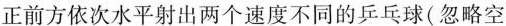
正前方依次水平射出两个速度不同的乒乓球(忽略空